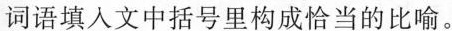
词语填入文中括号里构成恰当的比喻。